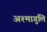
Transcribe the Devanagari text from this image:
अश्मागुलि